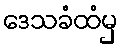
ဒေသခံထံမှ